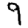
Digit: 9